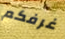
غرفكم